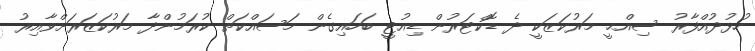
ހުޅުދުއްފާރު ސިއްޙީ މަރުކަޒަކީ ދެ ޑޮކްޓަރުން ޑިއުޓީ ބަހައިގެން މަސައްކަތް ކުރަމުންދާ މަރުކަޒަރަށްވާއިރު